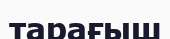
тарағыш